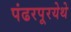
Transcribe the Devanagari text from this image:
पंढरपूरयेथे